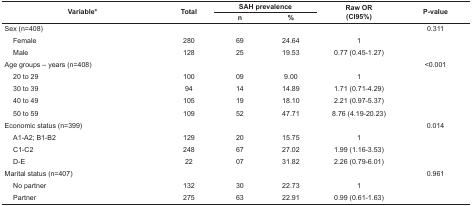
<table><thead><tr><td rowspan="2" colspan="2"><b>Variable*</b></td><td rowspan="2"><b>Total</b></td><td colspan="2"><b>SAH prevalence</b></td><td rowspan="2"><b>Raw OR (CI95%)</b></td><td rowspan="2"><b>P-value</b></td></tr><tr><td><b>n</b></td><td><b>%</b></td></tr></thead><tbody><tr><td colspan="2"> Sex (n=408)</td><td></td><td></td><td></td><td></td><td> 0.311</td></tr><tr><td></td><td> Female</td><td> 280</td><td> 69</td><td> 24.64</td><td> 1</td><td></td></tr><tr><td></td><td> Male</td><td> 128</td><td> 25</td><td> 19.53</td><td> 0.77 (0.45-1.27)</td><td></td></tr><tr><td colspan="2"> Age groups – years (n=408)</td><td></td><td></td><td></td><td></td><td> &lt;0.001</td></tr><tr><td></td><td> 20 to 29 </td><td> 100</td><td> 09</td><td> 9.00</td><td> 1</td><td></td></tr><tr><td></td><td> 30 to 39</td><td> 94</td><td> 14</td><td> 14.89</td><td> 1.71 (0.71-4.29)</td><td></td></tr><tr><td></td><td> 40 to 49</td><td> 105</td><td> 19</td><td> 18.10</td><td> 2.21 (0.97-5.37)</td><td></td></tr><tr><td></td><td> 50 to 59</td><td> 109</td><td> 52</td><td> 47.71</td><td> 8.76 (4.19-20.23)</td><td></td></tr><tr><td colspan="2"> Economic status (n=399)</td><td></td><td></td><td></td><td></td><td> 0.014</td></tr><tr><td></td><td> A1-A2; B1-B2</td><td> 129</td><td> 20</td><td> 15.75</td><td> 1</td><td></td></tr><tr><td></td><td> C1-C2</td><td> 248</td><td> 67</td><td> 27.02</td><td> 1.99 (1.16-3.53)</td><td></td></tr><tr><td></td><td> D-E</td><td> 22</td><td> 07</td><td> 31.82</td><td> 2.26 (0.79-6.01)</td><td></td></tr><tr><td colspan="2"> Marital status (n=407)</td><td></td><td></td><td></td><td></td><td> 0.961</td></tr><tr><td></td><td> No partner</td><td> 132</td><td> 30</td><td> 22.73</td><td> 1</td><td></td></tr><tr><td></td><td> Partner</td><td> 275</td><td> 63</td><td> 22.91</td><td> 0.99 (0.61-1.63)</td><td></td></tr></tbody></table>